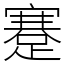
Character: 蹇